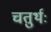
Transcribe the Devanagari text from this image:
चतुर्थः